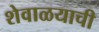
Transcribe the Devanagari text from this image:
शेवाळयाची